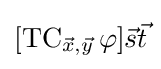
[\operatorname {TC} _{{\vec {x}},{\vec {y}}}\varphi ]{\vec {s}}{\vec {t}}